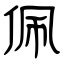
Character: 佩